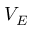
V _ { E }